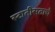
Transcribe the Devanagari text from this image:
स्टातीसताचे